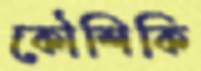
কৌশিকি